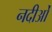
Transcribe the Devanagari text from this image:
नदीओं